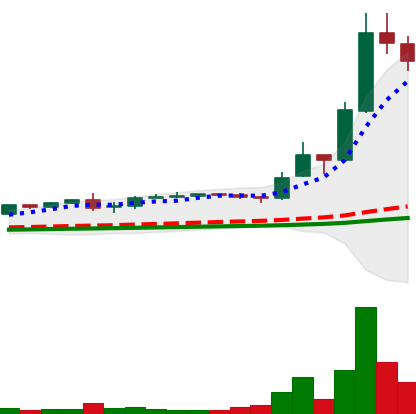
Ticker: LTC-USD
Chart end date: 2017-12-14
Forward return: 25.391%
Label: up_7plus